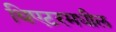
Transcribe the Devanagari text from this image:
थिएटरमधील